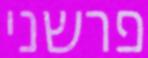
פרשני